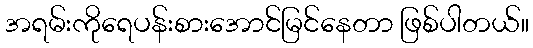
အရမ်းကိုရေပန်းစားအောင်မြင်နေတာ ဖြစ်ပါတယ်။